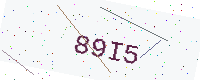
Text: 89I5